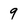
Character: 9